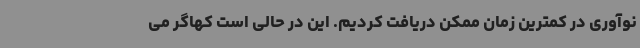
نوآوری در کمترین زمان ممکن دریافت کردیم. این در حالی است کهاگر می